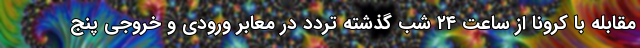
مقابله با کرونا از ساعت ۲۴ شب گذشته تردد در معابر ورودی و خروجی پنج